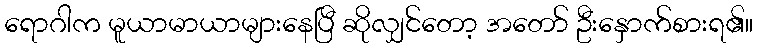
ရောဂါက မူယာမာယာများနေပြီ ဆိုလျှင်တော့ အတော် ဦးနှောက်စားရ၏။